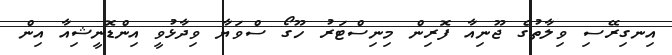
އިނގިރޭސި ވިލާތުގެ ޖޫނިއާ ފޮރިން މިނިސްޓަރު ހޫގޯ ސްވަޔާ ވިދާޅުވީ އިންޑޮނީޝިއާ އިން